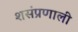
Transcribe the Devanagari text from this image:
शसंप्रणाली